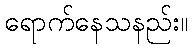
ရောက်နေသနည်း။